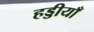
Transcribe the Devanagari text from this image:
हड्डीयाँ